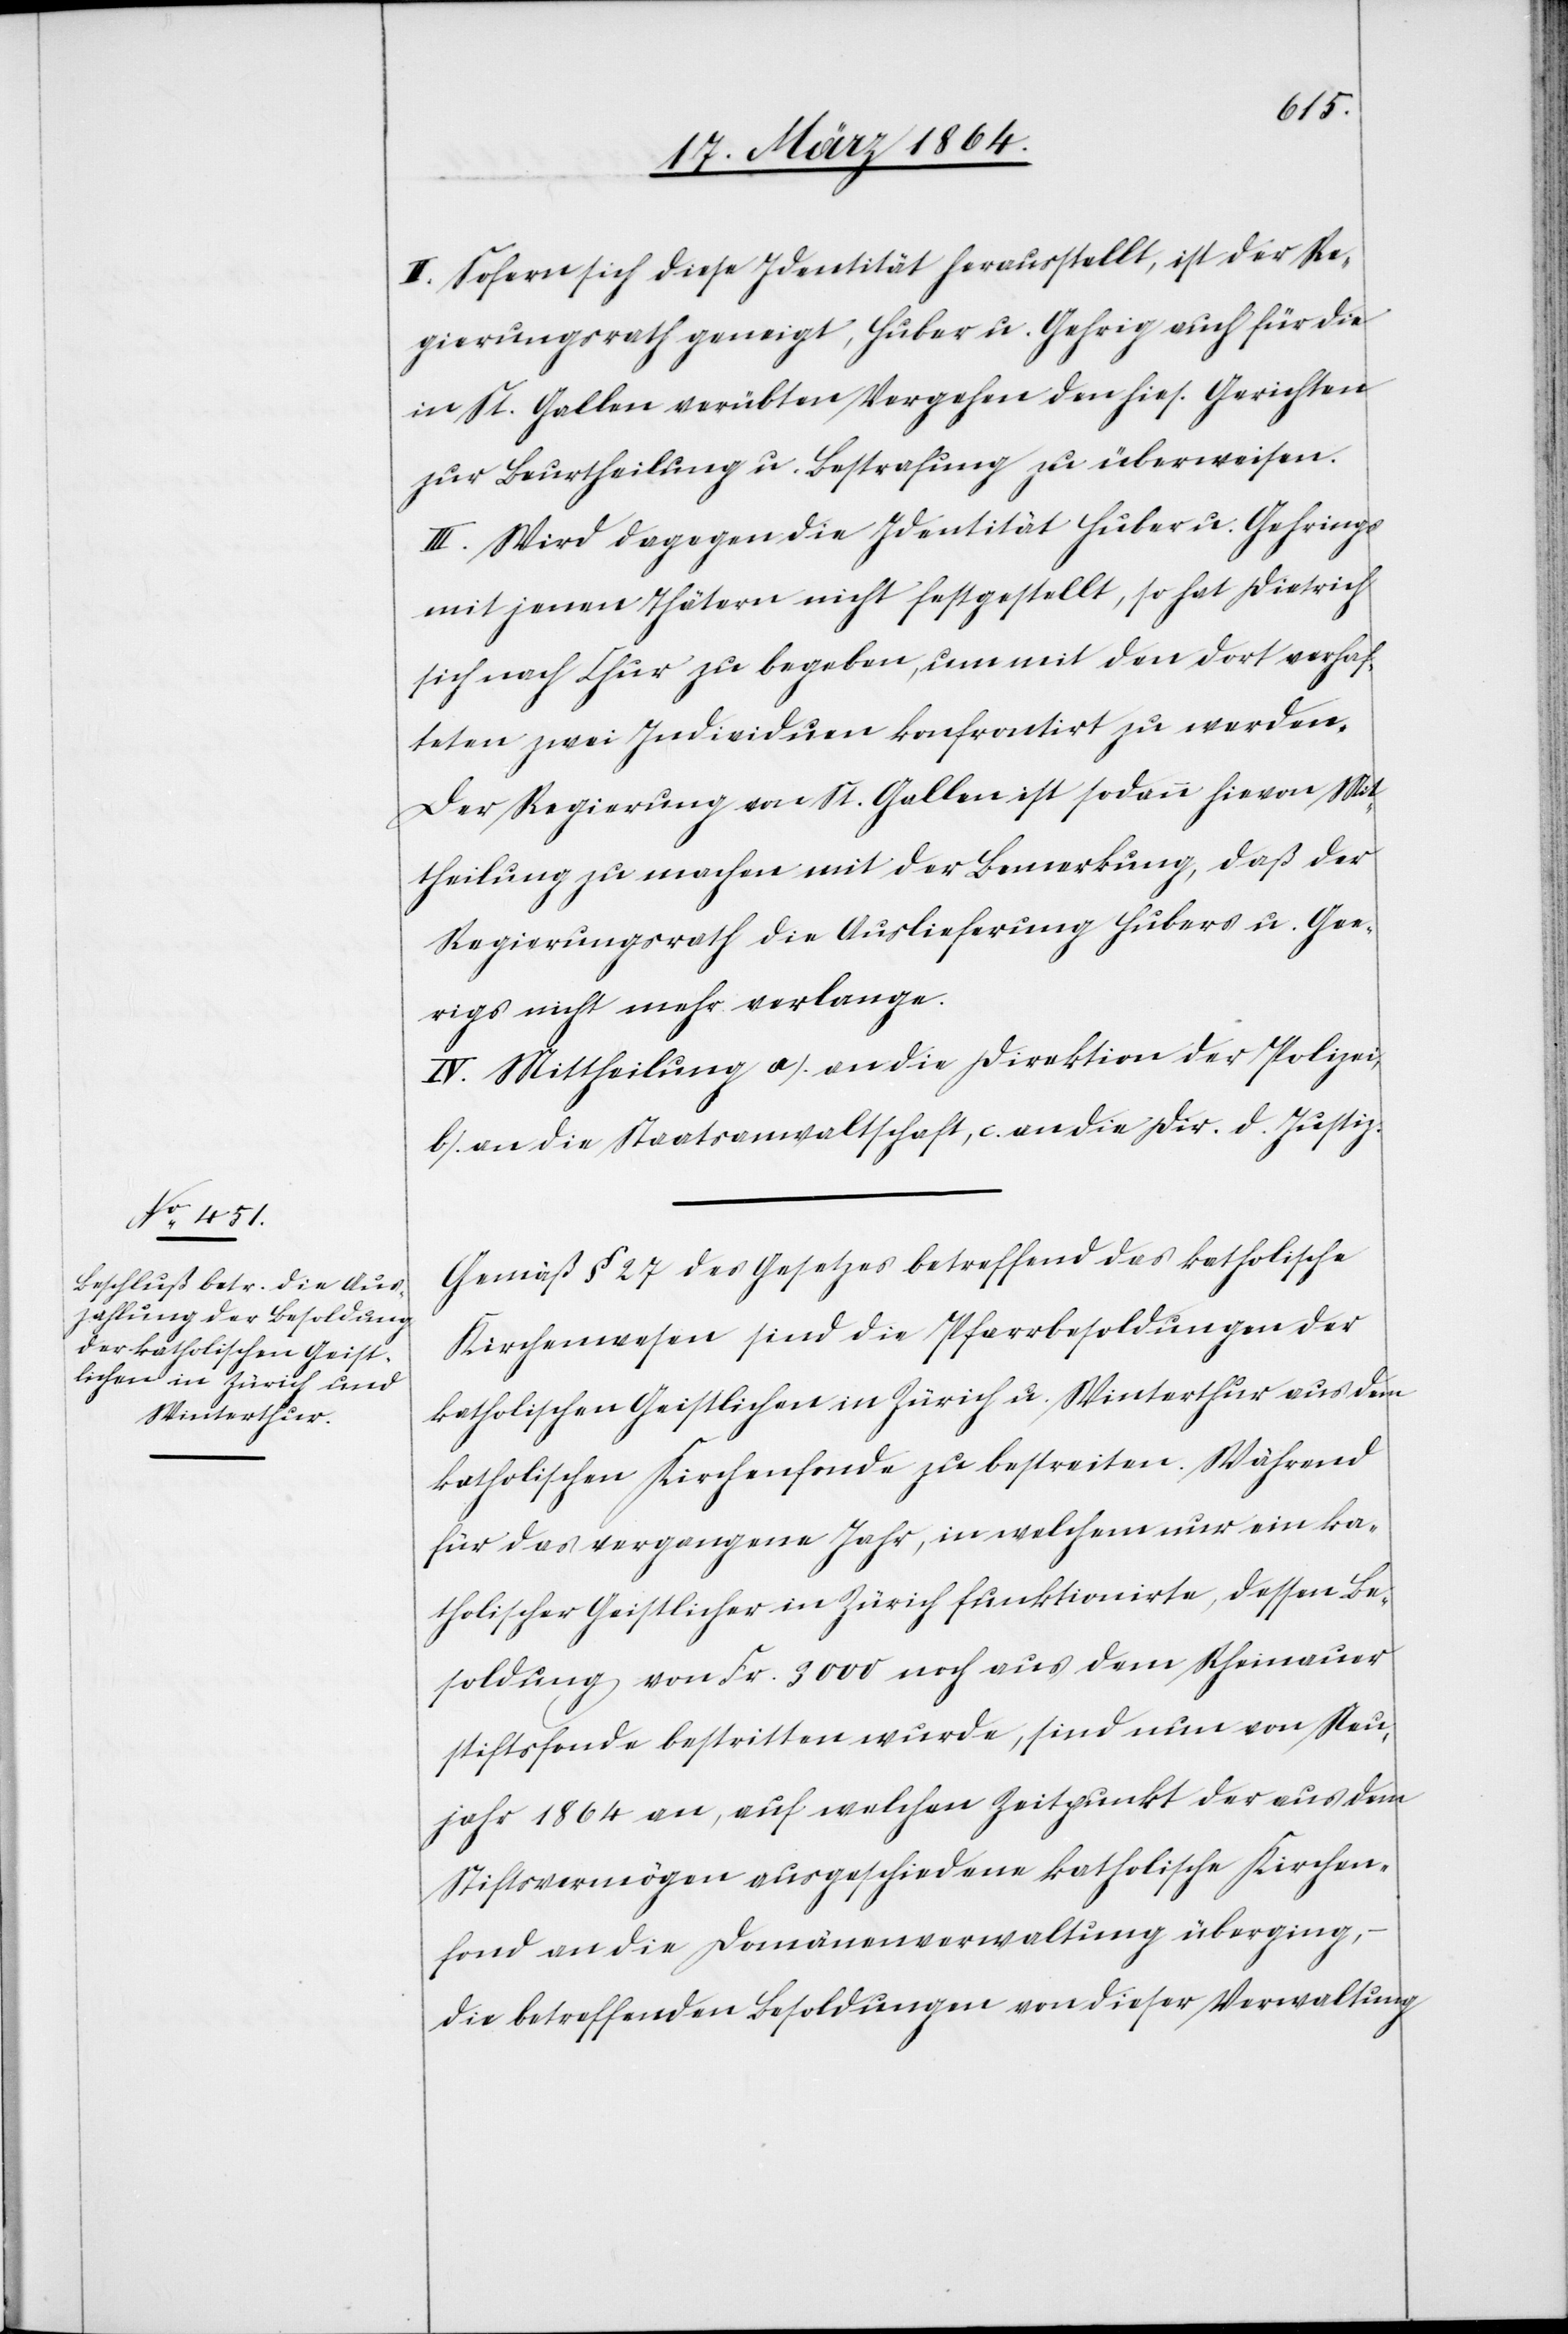
II. Sofern sich diese Identität herausstellt, ist der Re¬
gierungsrath geneigt, Huber u. Gehrig auch für die
in St. Gallen verübten Vergehen den hies. Gerichten
zur Beurtheilung u. Bestrafung zu überweisen.
III. Wird dagegen die Identität Huber u. Gehrings
mit jenen Thätern nicht festgestellt, so hat Dietrich
sich nach Chur zu begeben, um mit den dort verhaf¬
teten zwei Individuen konfrontirt zu werden.
Der Regierung von St. Gallen ist sodann hievon Mit¬
theilung zu machen mit der Bemerkung, daß der
Regierungsrath die Auslieferung Hubers u. Gee¬
rigs nicht mehr verlange.
IV. Mittheilung a.) an die Direktion der Polizei
b.) an die Staatsanwaltschaft, c.) an die Dir. d. Justiz.
Gemäß § 27 des Gesetzes betreffend das katholische
Kirchenwesen sind die Pfarrbesoldungen der
katholischen Geistlichen in Zürich u. Winterthur aus dem
katholischen Kirchenfonde zu bestreiten. Während
für das vergangene Jahr, in welchem nur ein ka¬
tholischer Geistlicher in Zürich funktionirte, dessen Be¬
soldung von Fr. 3000 noch aus dem Rheinauer
stiftsfonde [sic!] bestritten wurde, sind nun von Neu¬
jahr 1864 an, auf welchen Zeitpunkt der aus dem
Stiftsvermögen ausgeschiedene katholische Kirchen¬
fond an die Domänenverwaltung überging,
die betreffenden Besoldungen von dieser Verwaltung